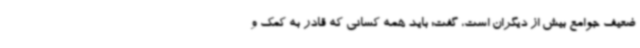
ضعیف جوامع بیش از دیگران است، گفت: باید همه کسانی که قادر به کمک و